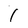
Character: I